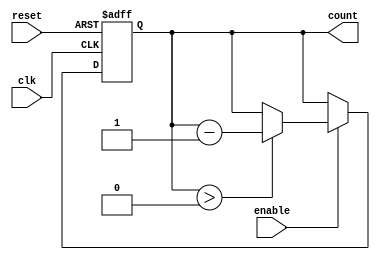
module binary_down_counter (
    input wire clk,          // Clock input
    input wire reset,        // Asynchronous reset input
    input wire enable,       // Enable signal
    output reg [N-1:0] count // Output count value
);
    parameter N = 3; // Number of bits for the counter (3 bits for counting down from 7 to 0)

    // Asynchronous reset and counting logic
    always @(posedge clk or posedge reset) begin
        if (reset) begin
            count <= (1 << N) - 1; // Initialize to maximum value (2^N - 1)
        end else if (enable) begin
            if (count > 0) begin
                count <= count - 1; // Decrement the count
            end
        end
    end
endmodule